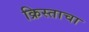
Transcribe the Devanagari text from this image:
क्रिस्ताचा